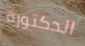
الدكتورة